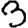
Digit: 3